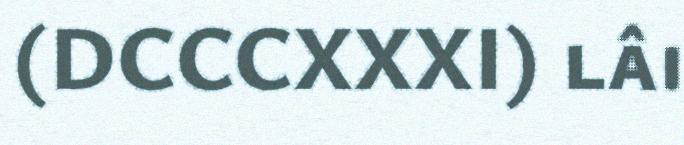
(DCCCXXXI) lâi